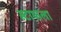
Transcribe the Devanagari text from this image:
स्टाफला